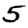
Digit: 5